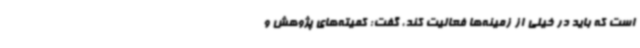
است که باید در خیلی از زمینه‌ها فعالیت کند، گفت: کمیته‌های پژوهش و